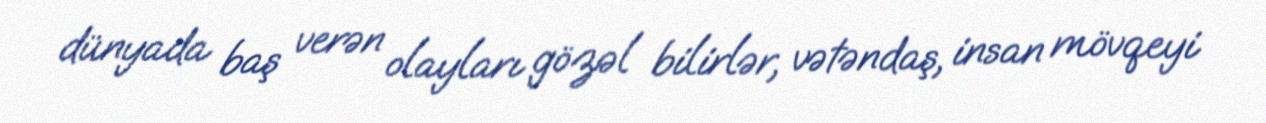
dünyada baş verən olayları gözəl bilirlər, vətəndaş, insan mövqeyi